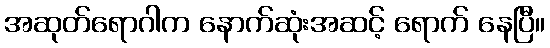
အဆုတ်ရောဂါက နောက်ဆုံးအဆင့် ရောက် နေပြီ။